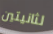
لثانيتين